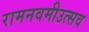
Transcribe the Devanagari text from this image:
रामनवमीउत्सव